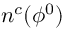
n ^ { c } ( \phi ^ { 0 } )